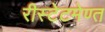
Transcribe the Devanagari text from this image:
रीस्टेटमेण्त